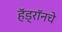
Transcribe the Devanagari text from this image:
हॅड्रॉनचे